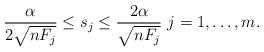
LaTeX: \begin{align*}\frac{\alpha}{2\sqrt{nF_j}}\leq s_j \leq \frac{2\alpha}{\sqrt{nF_j}} \ j=1,\ldots,m.\end{align*}